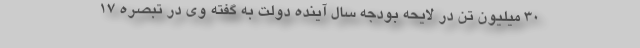
۳۰ میلیون تن در لایحه بودجه سال آینده دولت به گفته وی در تبصره ۱۷